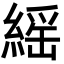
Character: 䌊